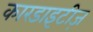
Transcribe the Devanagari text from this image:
कारडाइटीज़